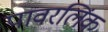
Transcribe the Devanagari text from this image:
पावरलिंक